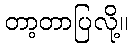
တာ့တာပြလို့။